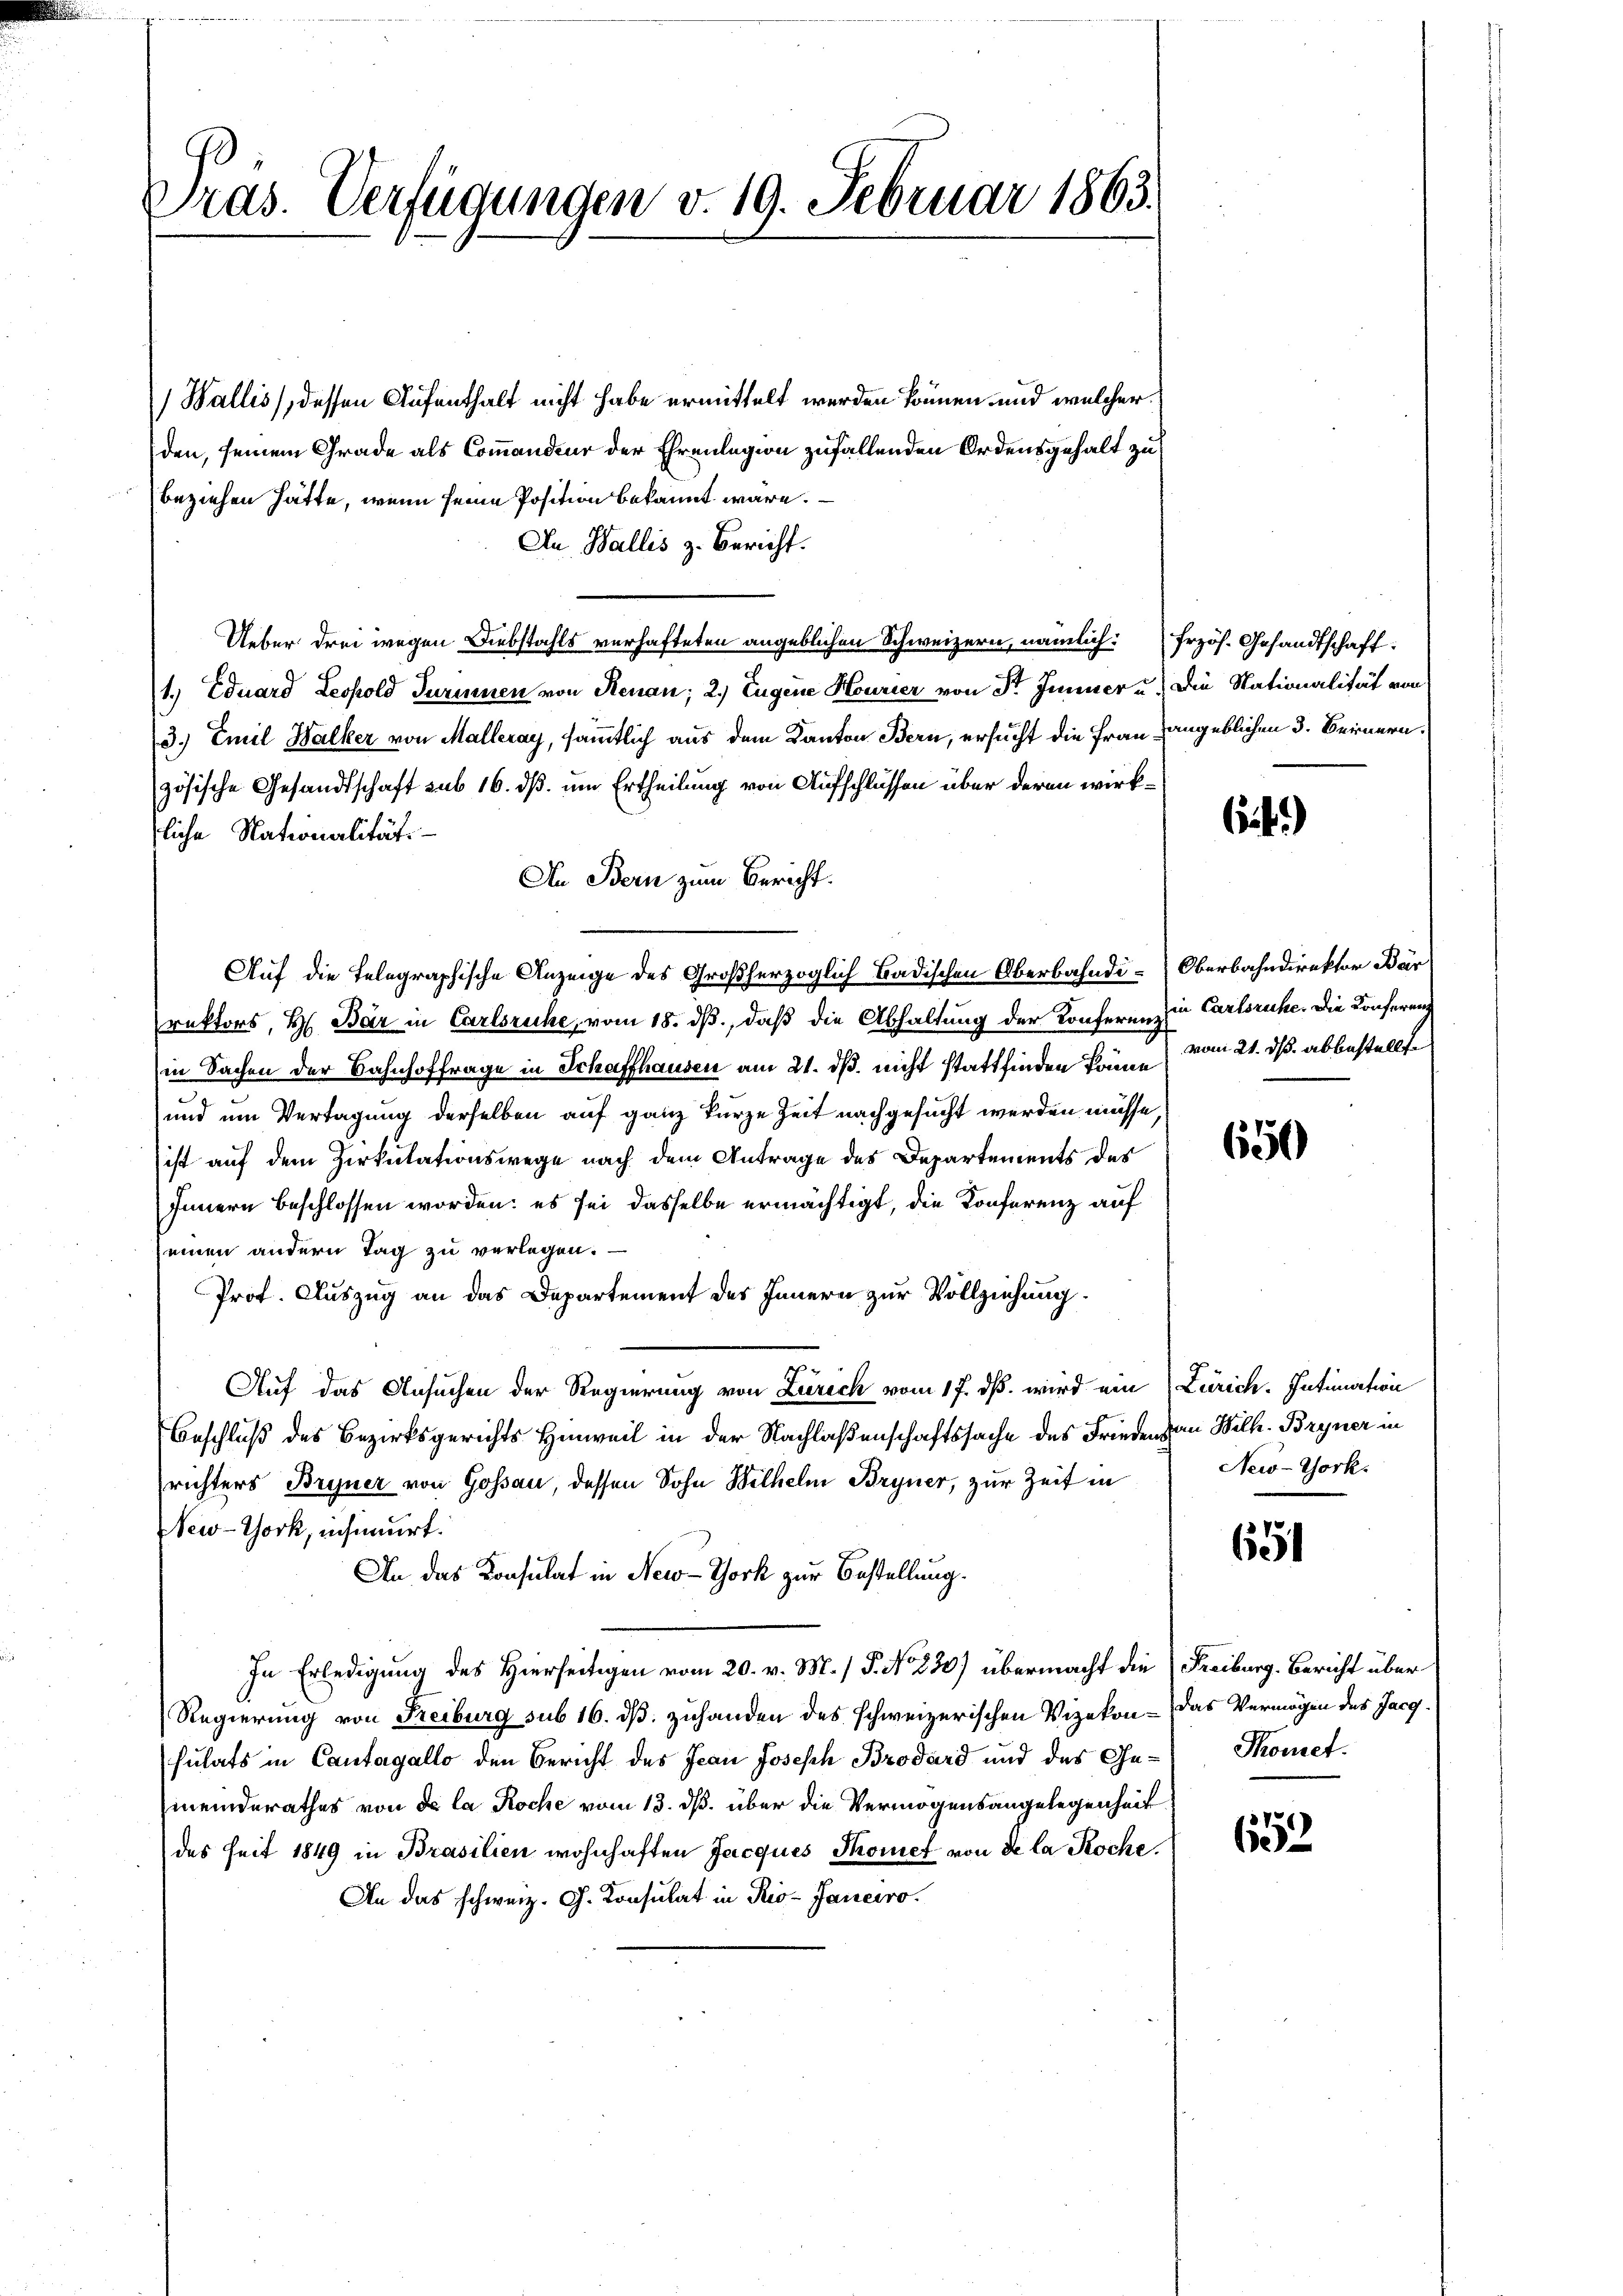
Pras. Verfügungen v. 19. Februar 1863.

Wallis), dessen Aufenthalt nicht habe ermittelt werden können und welcher
den, seinem Grade als Commandeur der Ehrenlegion zufallenden Ordensgehalt zu
beziehen hätte, wenn seine Position bekannt wäre.
An Wallis z. Bericht.
Ueber drei wegen Diebstahls verhafteten angeblichen Schweizern, nämlich: frzös. Gesandtschaft:
1.) Eduard Leopold Turinnen von Renau; 2.) Eugene Hourier von Sr. Jenner u. Die Nationalität von
3.) Emil Halker von Malleray, sämmtlich aus dem Kanton Bern, ersucht die Frau angeblichen 3. Bernern.
zösische Gesandtschaft sub 16. dß. um Ertheilung von Aufschlüssen über deren wirkfliche Nationalität.
An Bern zum Bericht.
Auf die Telegraphische Anzeige des Großherzoglich Badischen Oberbahndi-Oberbahndirektor Bär
rektors, H. Bär in Carlsruhe, vom 18. ds., daß die Abhaltung der Konferenz in Carlsruhe. Die Konfereng
in Sachen der Bahnhoffrage in Schaffhausen am 21. dß. nicht stattfinden könne vom 21. ds. abbestellte
und um Vertagung derselben auf ganz kurze Zeit nachgesucht werden müsse,
ist auf dem Zirkulationswege nach dem Antrage des Departements des
Innern beschlossen worden: es sei dasselbe ermächtigt, die Konferenz auf
einen andern Tag zu verlegen.
Prof. Auszug an das Departement des Innern zur Vollziehung.
Auf das Ansuchen der Regierung von Zürich vom 17. ds. wird ein Zürich. Intimation
Beschluß des Bezirksgerichts Hinweil in der Nachlaßenschaftssache des Frieden an Wilh. Bryner in
richters Bryner von Gossau, dessen Sohn Wilhelm Bryner, zur Zeit in
New-York, insinuirt.
An das Konsulat in New-York zur Bestellung.
In Erledigung des Hierseitigen vom 20. v. M. / 5. No 830) übermacht die
Regierung von Freiburg sub 16. ds. zuhanden des schweizerischen Vizekon - das Vermögen des Jacgsulats in Cantagallo den Bericht des Jean Joseph Brodard und des Ge-Thomet
meinderathes von de la Roche vom 13. ds. über die Vermögensangelegenheit
des seit 1849 in Brasilien wohnhaften Jacques Thonet von de la Roche
An das schweiz. G. Consulat in Rio-Janeiro

it.)

650

New-York.

651

Freiburg. Bericht über

652